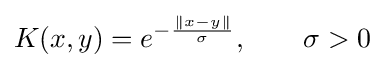
K(x,y)=e^{-{\frac {\|x-y\|}{\sigma }}},\qquad \sigma >0